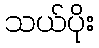
သယ်ပိုး